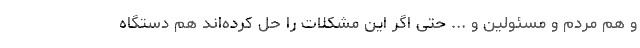
و هم مردم و مسئولین و ... حتی اگر این مشکلات را حل کرده‌اند هم دستگاه